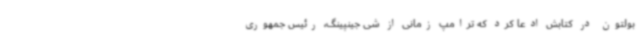
بولتون در کتابش ادعا کرد که ترامپ زمانی از شی جینپینگ، رئیس جمهوری